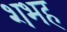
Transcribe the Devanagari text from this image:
शभह